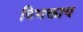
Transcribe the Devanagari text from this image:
विभक्ताय